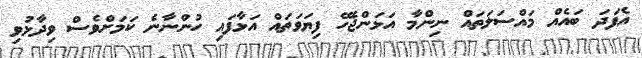
އެފަދަ ބައެއް މައްސަލަތައް ނިންމާ އަޅަންޖެހޭ ފިޔަވަތައް އަޅާފައި ހުންނާނެ ކަމަށްވެސް ވިދާޅުވި